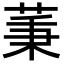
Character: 𦱮